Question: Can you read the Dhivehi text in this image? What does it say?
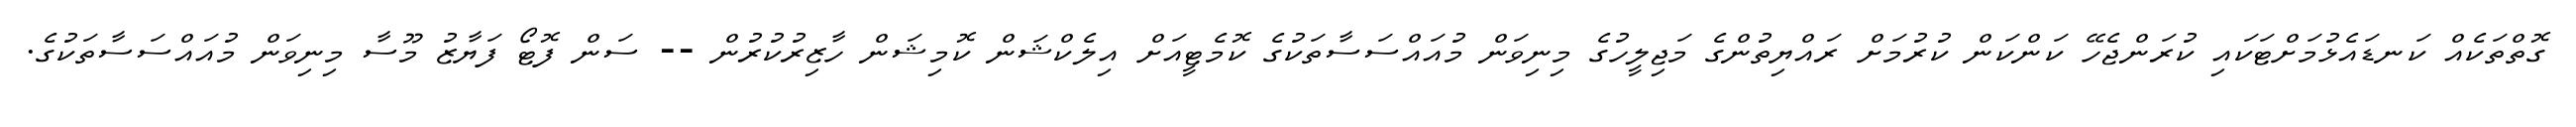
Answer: ގޮތްތަކެއް ކަނޑައެޅުމަށްޓަކައި ކުރަންޖެހޭ ކަންކަން ކުރުމަށް ރައްޔިތުންގެ މަޖިލީހުގެ މިނިވަން މުއައްސަސާތަކުގެ ކޮމެޓީއަށް އިލެކްޝަން ކޮމިޝަން ހާޒިރުކުރުން -- ސަން ފޮޓޯ ފަޔާޒު މޫސާ މިނިވަން މުއައްސަސާތަކުގެ.